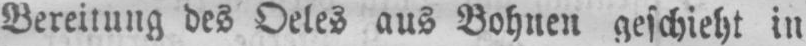
Bereitung des Oeles aus Bohnen geschieht in